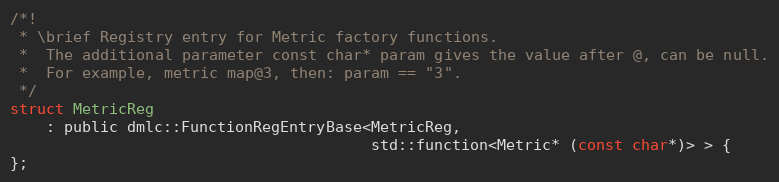
Language: C
/*!
 * \brief Registry entry for Metric factory functions.
 *  The additional parameter const char* param gives the value after @, can be null.
 *  For example, metric map@3, then: param == "3".
 */
struct MetricReg
    : public dmlc::FunctionRegEntryBase<MetricReg,
                                        std::function<Metric* (const char*)> > {
};